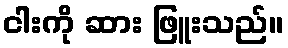
ငါးကို ဆား ဖြူးသည်။